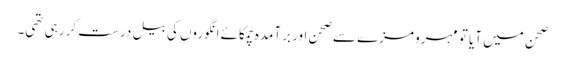
صحن میں آیا تو مہرو مزے سے صحن اور برآمدہ چمکائے انگوروں کی بیل درست کر رہی تھی۔